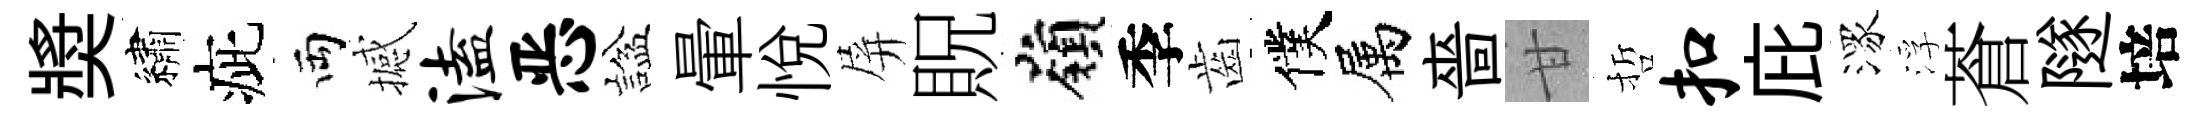
奬繡疵両撼溘恶諡暈悅屏貺嶺季齒僕属嗇甘哲扣庇潈浮蒼隧培